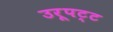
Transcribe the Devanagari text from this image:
उरूपट्ट